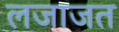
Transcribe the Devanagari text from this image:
लजाजत